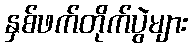
နှစ်ဖက်တိုက်ပွဲများ